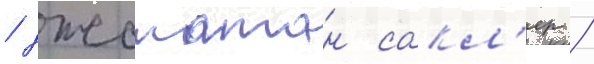
/ джонатан сакл'ер /